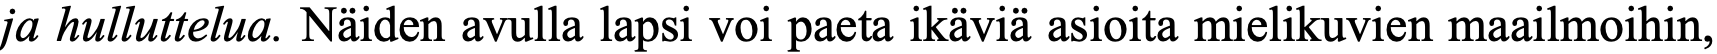
ja hulluttelua. Näiden avulla lapsi voi paeta ikäviä asioita mielikuvien maailmoihin,